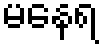
မနေရ